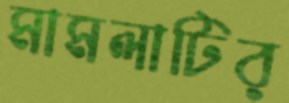
মামলাটির